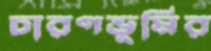
চারণভূমির